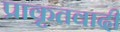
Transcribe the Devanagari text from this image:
प्राकृतवादी